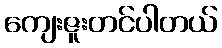
ကျေးဇူးတင်ပါတယ်